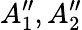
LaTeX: A_{1}^{\prime\prime},A_{2}^{\prime\prime}